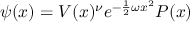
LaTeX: \psi ( x ) = V ( x ) ^ { \nu } e ^ { - \frac 1 2 \omega x ^ { 2 } } P ( x )